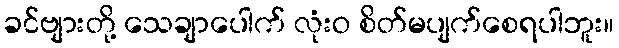
ခင်ဗျားတို့ သေချာပေါက် လုံးဝ စိတ်မပျက်စေရပါဘူး။